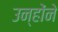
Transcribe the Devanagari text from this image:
उन्होंंने